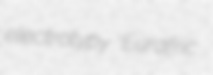
electrotypy Eurafric